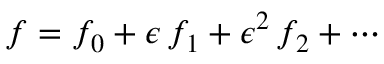
f = f _ { 0 } + \epsilon \, f _ { 1 } + \epsilon ^ { 2 } \, f _ { 2 } + \cdots